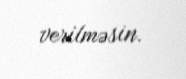
verilməsin.